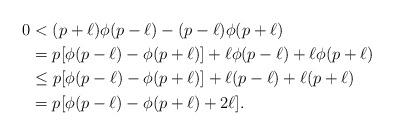
LaTeX: \begin{align*}0 &< (p+\ell) \phi(p - \ell) - (p - \ell) \phi(p + \ell) \\&= p [\phi(p-\ell) - \phi(p+\ell)] + \ell \phi(p-\ell) + \ell \phi(p + \ell) \\&\leq p [\phi(p-\ell) - \phi(p+\ell)] + \ell (p-\ell) + \ell (p + \ell) \\&= p [\phi(p-\ell) - \phi(p+\ell) + 2 \ell].\end{align*}